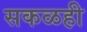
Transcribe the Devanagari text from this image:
सकळही